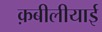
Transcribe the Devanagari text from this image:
क़बीलीयाई